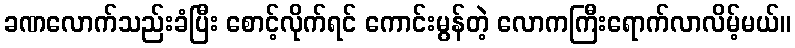
ခဏလောက်သည်းခံပြီး စောင့်လိုက်ရင် ကောင်းမွန်တဲ့ လောကကြီးရောက်လာလိမ့်မယ်။